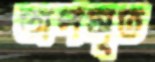
অপসৃত